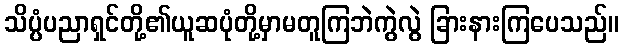
သိပ္ပံပညာရှင်တို့၏ယူဆပုံတို့မှာမတူကြဘဲကွဲလွဲ ခြားနားကြပေသည်။